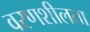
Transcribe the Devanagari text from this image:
वरणशीलता